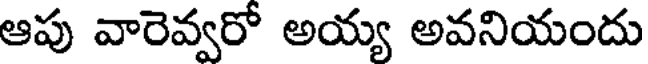
ఆపు వారెవ్వరో అయ్య అవనియందు